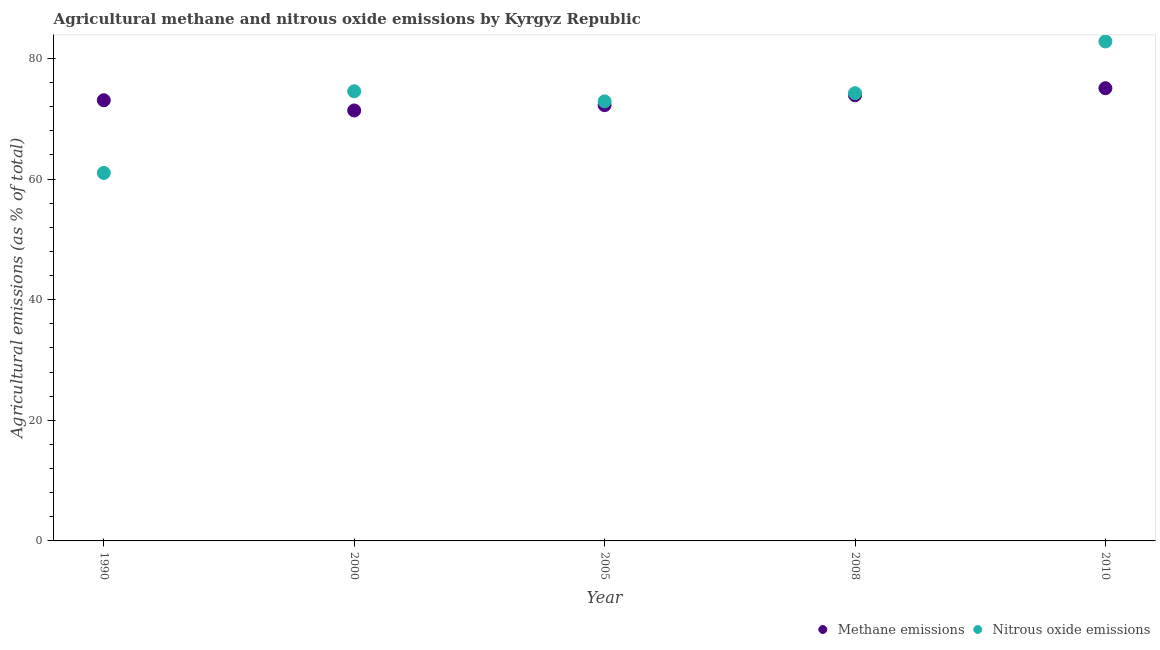
| Year | Methane emissions | Nitrous oxide emissions |
 | --- | --- | --- |
 | 1990 | 73.1 | 61 |
 | 2000 | 71.4 | 74.6 |
 | 2005 | 72.3 | 72.9 |
 | 2008 | 73.9 | 74.2 |
 | 2010 | 75.1 | 82.8 |